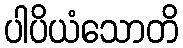
ပါပိယံသောတိ